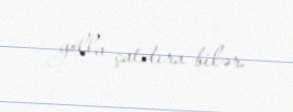
yolla çatdıra bilər.